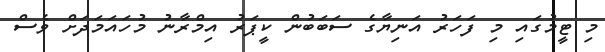
މި ޓީމުގައި މި ފަހަރު އަނިޔާގެ ސަބަބުން ކީޕަރު އިމްރާނު މުހައަމަދަށް ވެސް